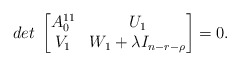
\begin{align*}det \; \begin{bmatrix} A_0^{11} & U_1 \\ V_1 & W_1 + \lambda I_{n- r -\rho} \end{bmatrix} = 0 .\end{align*}